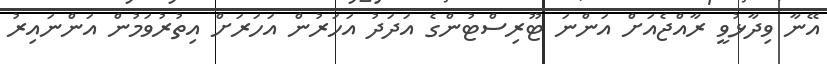
އޭނާ ވިދާޅުވީ ރާއްޖެއަށް އަންނަ ޓޫރިސްޓުންގެ އަދަދު އަހަރުން އަހަރަށް އިތުރުވަމުން އަންނައިރު